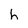
Character: h